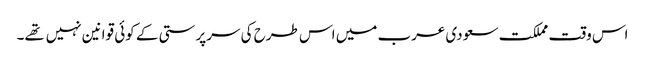
اس وقت مملکت سعودی عرب میں اس طرح کی سرپرستی کے کوئی قوانین نہیں تهے۔